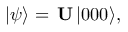
\begin{array} { r } { | \psi \rangle = \, { \bf U } \, | 0 0 0 \rangle , } \end{array}